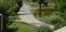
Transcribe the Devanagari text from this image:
पंदरात